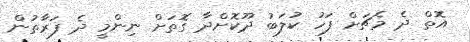
އޮތް ދެ މެޗަށް ފަހު ކުލަބު ދޫކޮށްދާ ގޮތަށް ނިންމީ ދެ ފަރާތުން